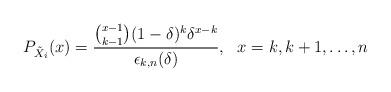
LaTeX: \begin{align*}P_{\tilde{X}_i}(x)=\frac{{{x-1}\choose{k-1}} (1-\delta)^k \delta^{x-k}}{\epsilon_{k,n}(\delta)}, \ \ x=k,k+1, \ldots,n \end{align*}